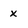
Character: x